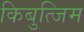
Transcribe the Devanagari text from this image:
किबुत्जिम